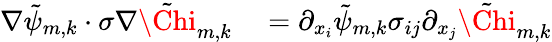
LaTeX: \begin{array}{rl}{\nabla\tilde{\psi}_{m,k}\cdot\sigma\nabla\tilde{\Chi}_{m,k}}&{{}=\partial_{x_{i}}\tilde{\psi}_{m,k}\sigma_{ij}\partial_{x_{j}}\tilde{\Chi}_{m,k}}\end{array}